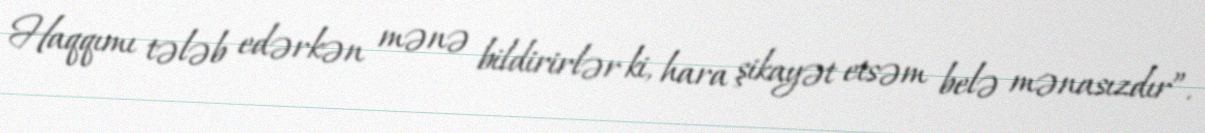
Haqqımı tələb edərkən mənə bildirirlər ki, hara şikayət etsəm belə mənasızdır”.